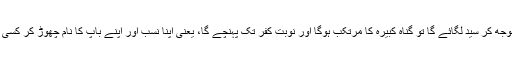
اور جو سیدنہ ہو وہ اپنے نام کے آگے اگر جان بوجھ کر سید لگائے گا تو گناہ کبیرہ کا مرتکب ہوگا اور نوبت کفر تک پہنچے گا، یعنی اپنا نسب اور اپنے باپ کا نام چھوڑ کر کسی دوسرے کو اپنا باپ کہے گا وہ نطفہ حرام ہوگا۔